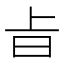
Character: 㫖